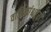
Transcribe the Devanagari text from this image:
वार्षिकांश्चतुरो